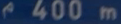
r400m